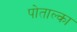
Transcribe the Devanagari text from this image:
पोताल्का